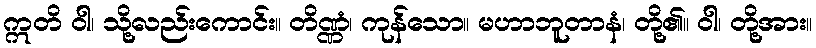
ဣတိ ဝါ၊ သို့လည်းကောင်း။ တိဏ္ဏံ၊ ကုန်သော။ မဟာဘူတာနံ၊ တို့၏။ ဝါ၊ တို့အား။